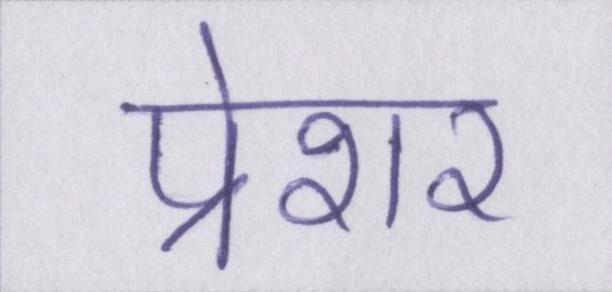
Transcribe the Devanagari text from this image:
प्रेशर